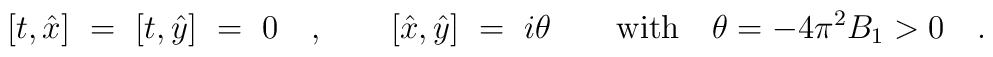
[t,\hat{x}]\ =\ [t,\hat{y}]\ =\ 0\quad, \qquad [\hat{x},\hat{y}]\ =\ i\theta \qquad\textrm{with}\quad \theta = -4\pi^2 B_1 > 0 \quad .